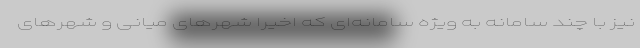
نیز با چند سامانه به ویژه سامانه‌ای که اخیرا شهرهای میانی و شهرهای